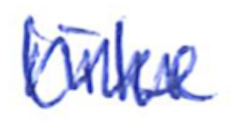
Text: like
Cross-out: zig-zag
Writing tool: ballpoint